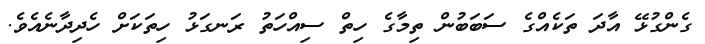
ގެންގުޅޭ އާދަ ތަކެއްގެ ސަބަބުން ތިމާގެ ހިތް ސިއްހަތު ރަނގަޅު ހިތަކަށް ހެދިދާނެއެވެ.